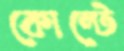
কোন্টে